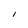
Character: I